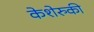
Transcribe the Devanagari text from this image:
केशेरुकी